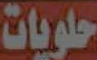
حلويات